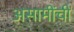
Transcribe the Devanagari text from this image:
असामींची